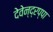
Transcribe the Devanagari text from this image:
देवेन्द्रप्पा